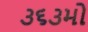
૩૬૩મો